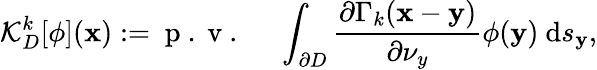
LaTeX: \mathcal{K}_{D}^{k}[\phi](\mathbf{x}):=\mathrm{~p~.~v~.~}\quad\int_{\partial D}\frac{\partial\Gamma_{k}(\mathbf{x}-\mathbf{y})}{\partial\nu_{y}}\phi(\mathbf{y})~\mathrm{d}s_{\mathbf{y}},